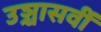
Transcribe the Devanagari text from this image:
उञ्चासवीं